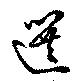
選